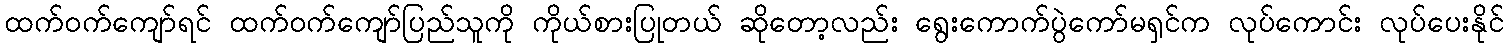
ထက်ဝက်ကျော်ရင် ထက်ဝက်ကျော်ပြည်သူကို ကိုယ်စားပြုတယ် ဆိုတော့လည်း ရွေးကောက်ပွဲကော်မရှင်က လုပ်ကောင်း လုပ်ပေးနိုင်